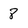
Character: 8